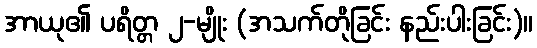
အာယု၏ ပရိတ္တ ၂-မျိုး (အသက်တိုခြင်း နည်းပါးခြင်း)။